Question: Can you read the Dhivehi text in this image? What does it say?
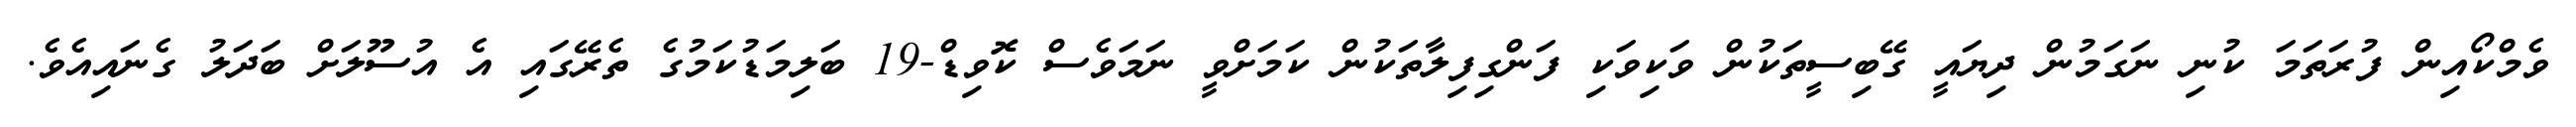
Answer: ވެމްކޯއިން ފުރަތަމަ ކުނި ނަގަމުން ދިޔައީ ގޭބިސީތަކުން ވަކިވަކި ފަންގިފިލާތަކުން ކަމަށްވީ ނަމަވެސް ކޮވިޑް-19 ބަލިމަޑުކަމުގެ ތެރޭގައި އެ އުސޫލަށް ބަދަލު ގެނައިއެވެ.